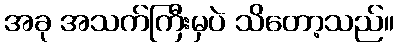
အခု အသက်ကြီးမှပဲ သိတော့သည်။